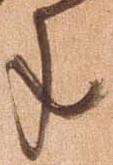
年